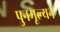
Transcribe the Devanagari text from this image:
पुनमूल्यन